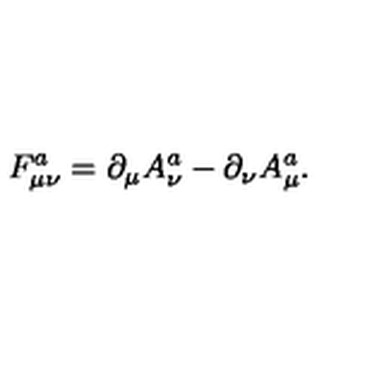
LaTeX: F _ { \mu \nu } ^ { a } = \partial _ { \mu } A _ { \nu } ^ { a } - \partial _ { \nu } A _ { \mu } ^ { a } .